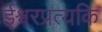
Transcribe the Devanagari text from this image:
ईश्वरप्रत्यकि